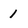
Character: 1